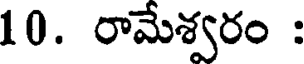
10. రామేశ్వరం :